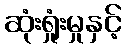
ဆုံးရှုံးမှုနှင့်